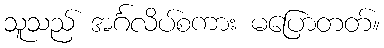
သူသည် အင်္ဂလိပ်စကား မပြောတတ်။